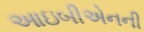
આઇબીએનની